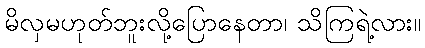
မိလှမဟုတ်ဘူးလို့ပြောနေတာ၊ သိကြရဲ့လား။